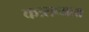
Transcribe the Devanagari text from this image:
कत्र्तव्यता